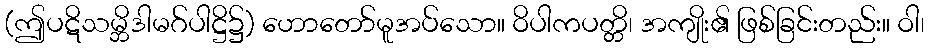
(ဤပဋိသမ္ဘိဒါမဂ်ပါဋ္ဌိ၌) ဟောတော်မူအပ်သော။ ဝိပါကပတ္တိ၊ အကျိုး၏ ဖြစ်ခြင်းတည်း။ ဝါ၊